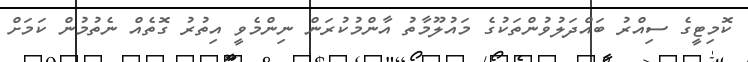
ކޮމިޓީގެ ސިއްރު ބައްދަލުވުންތަކުގެ މައުލޫމާތު އާންމުކުރަން ނިންމެވީ އިތުރު ގޮތެއް ނެތުމުން ކަމަށް